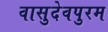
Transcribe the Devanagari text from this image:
वासुदेवपुरम